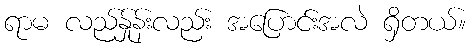
ရာမ လည်န်ှုန်းလည်း အပြောင်းအလဲ ရှိတယ်။